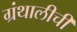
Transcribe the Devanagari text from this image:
ग्रंथालीची